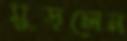
মুড়লেন